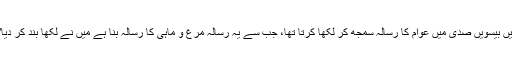
میں بیسویں صدی میں عوام کا رسالہ سمجھ کر لکھا کرتا تھا، جب سے یہ رسالہ مرغ و ماہی کا رسالہ بنا ہے میں نے لکھا بند کر دیا"۔